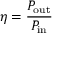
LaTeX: \eta = { \frac { P _ { \mathrm { o u t } } } { P _ { \mathrm { i n } } } }